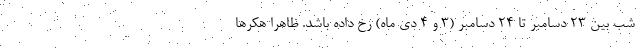
شب بین 23 دسامبر تا 24 دسامبر (3 و 4 دی ماه) رخ داده باشد. ظاهرا هکرها